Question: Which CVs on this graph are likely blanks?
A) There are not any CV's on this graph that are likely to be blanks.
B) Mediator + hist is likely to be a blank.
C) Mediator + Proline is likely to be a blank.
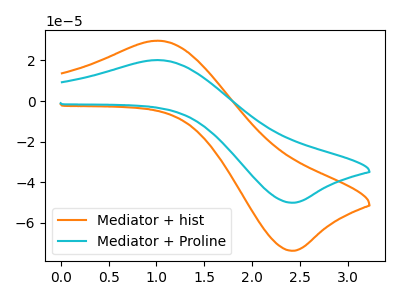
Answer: <think>The orange curve "Mediator + hist" has an anodic peak at (1.00V, 29.75uA) and a cathodic peak at (2.45V, -73.70uA). The cyan curve "Mediator + Proline" has an anodic peak at (1.00V, 20.20uA) and a cathodic peak at (2.45V, -50.05uA).</think>
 <answer>A) There are not any CV's on this graph that are likely to be blanks.</answer>
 <eval>A</eval>